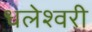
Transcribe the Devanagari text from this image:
धलेश्वरी